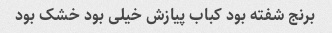
برنج شفته بود کباب پیازش خیلی بود خشک بود